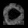
Digit: ၀